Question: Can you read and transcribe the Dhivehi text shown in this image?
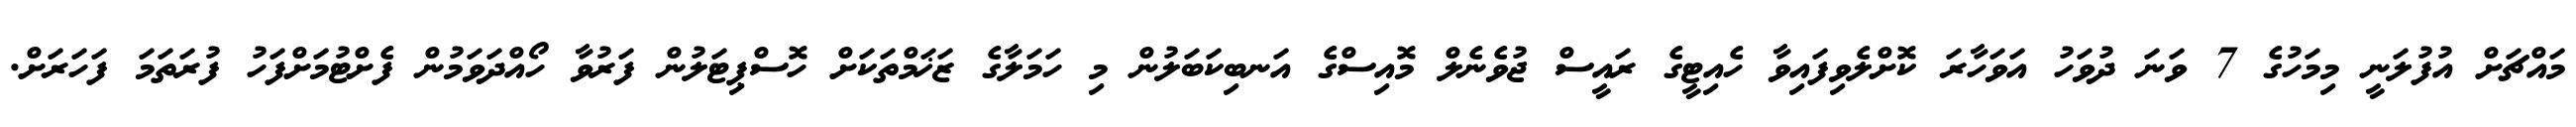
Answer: މައްޗަށް އުފުލަނީ މިމަހުގެ 7 ވަނަ ދުވަހު އަވަހާރަ ކޮށްލެވިފައިވާ ހެއިޓީގެ ރައީސް ޖުވެނެލް މޮއިސްގެ އަނބިކަބަލުން މި ހަމަލާގެ ޒަޚަމްތަކަށް ހޮސްޕިޓަލުން ފަރުވާ ހޯއްދަވަމުން ފެށްޓުމަށްފަހު ފުރަތަމަ ފަހަރަށް.